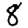
Digit: 8